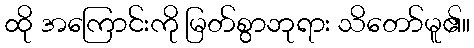
ထို အကြောင်းကို မြတ်စွာဘုရား သိတော်မူ၏။